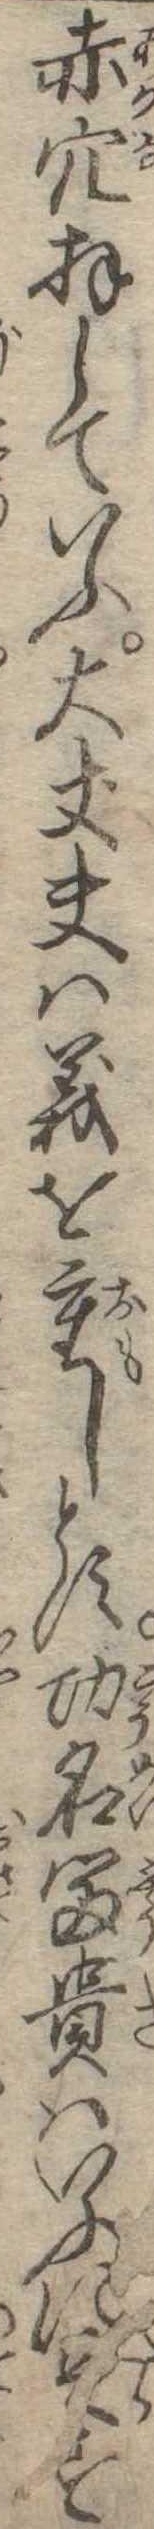
赤穴拝していふ大丈夫は義を重しとす功名富貴はいふに足す